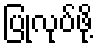
ပြုလုပ်ဖို့